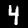
Digit: 4